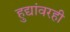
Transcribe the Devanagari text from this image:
हुद्यांवरही